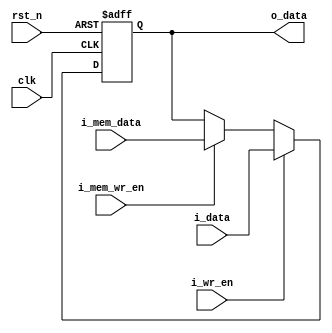
///////////////////////////////////////////////////////////////////////////////////////
// Copyright (c) 2019 Chipus Microelectronics. All rights reserved.
// Chipus Microelectronics Confidential Proprietary.
//
// Use, copy or distribution of this code is not allowed without
// Chipus Microelectronics explicit written consent.
//////////////////////////////////////////////////////////////////////////////////////
// $Id: memreg.v 400 2022-07-07 00:24:32Z dnamorim $
//////////////////////////////////////////////////////////////////////////////////////
// Company:         Chipus Microelectronics
// Project Name:    R3
// Module Name:     r3_regbank
// Description:     Register bank type: Memory.
//                  This register type samples input upon enable.
/////////////////////////////////////////////////////////////////////////////////////


module memreg #(    parameter REGSIZE = 8,                          // Register size in bits
                    parameter PRESET = 8'h00                        // Register preset value
               )
               (    input                       clk,                // Clock Pin
                    input                       rst_n,              // Assynchrounous Negative Edge Reset
                    input       [REGSIZE-1:0]   i_data,             // Regbank Interface : Input Data
                    input                       i_wr_en,            // Regbank Interface : Write enable
                    input       [REGSIZE-1:0]   i_mem_data,         // Memory Interface : Input Data
                    input                       i_mem_wr_en,        // Memory Interface : Write enable
                    output reg  [REGSIZE-1:0]   o_data              // Data Output
                );


// ------------------------------------------
// Logic definition
// ------------------------------------------
    always @(posedge clk, negedge rst_n) 
    begin

        if(!rst_n)
            o_data <= PRESET;
            
        else begin
        
            // Regbank condition
            if (i_wr_en)
                o_data <= i_data[REGSIZE-1:0];
                
            // Memory condition
            else if (i_mem_wr_en)    
                o_data <= i_mem_data[REGSIZE-1:0];
               
        end
        
    end


endmodule